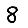
Digit: 8